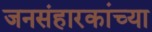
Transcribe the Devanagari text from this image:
जनसंहारकांच्या